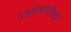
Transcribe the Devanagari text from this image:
उपसभापतियॉ